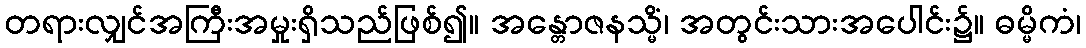
တရားလျှင်အကြီးအမှုးရှိသည်ဖြစ်၍။ အန္တောဇနသ္မိံ၊ အတွင်းသားအပေါင်း၌။ ဓမ္မိကံ၊